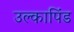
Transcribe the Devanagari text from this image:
उल्‍कापिंड